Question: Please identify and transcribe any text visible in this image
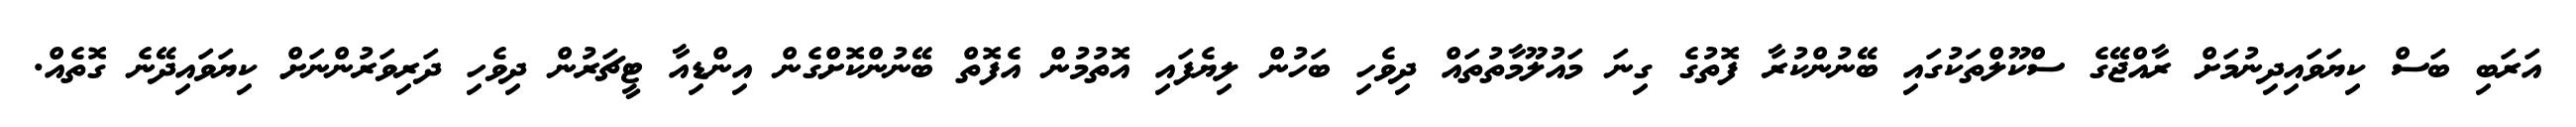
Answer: އަރަބި ބަސް ކިޔަވައިދިނުމަށް ރާއްޖޭގެ ސްކޫލްތަކުގައި ބޭނުންކުރާ ފޮތުގެ ގިނަ މައުލޫމާތުތައް ދިވެހި ބަހުން ލިޔެފައި އޮތުމުން އެފޮތް ބޭނުންކޮށްގެން އިންޑިއާ ޓީޗަރުން ދިވެހި ދަރިވަރުންނަށް ކިޔަވައިދޭނެ ގޮތެއް.